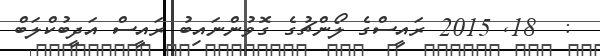
:  18